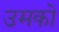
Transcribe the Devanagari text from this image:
उमको